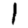
Digit: 1